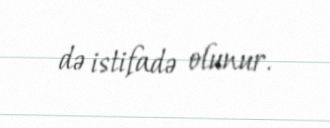
də istifadə olunur.